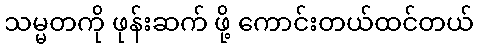
သမ္မတကို ဖုန်းဆက် ဖို့ ကောင်းတယ်ထင်တယ်